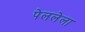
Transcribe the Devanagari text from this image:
पेललेला